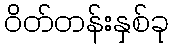
ဝိတ်တန်းနှစ်ခု